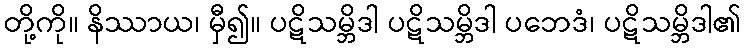
တို့ကို။ နိဿာယ၊ မှီ၍။ ပဋိသမ္ဘိဒါ ပဋိသမ္ဘိဒါ ပဘေဒံ၊ ပဋိသမ္ဘိဒါ၏